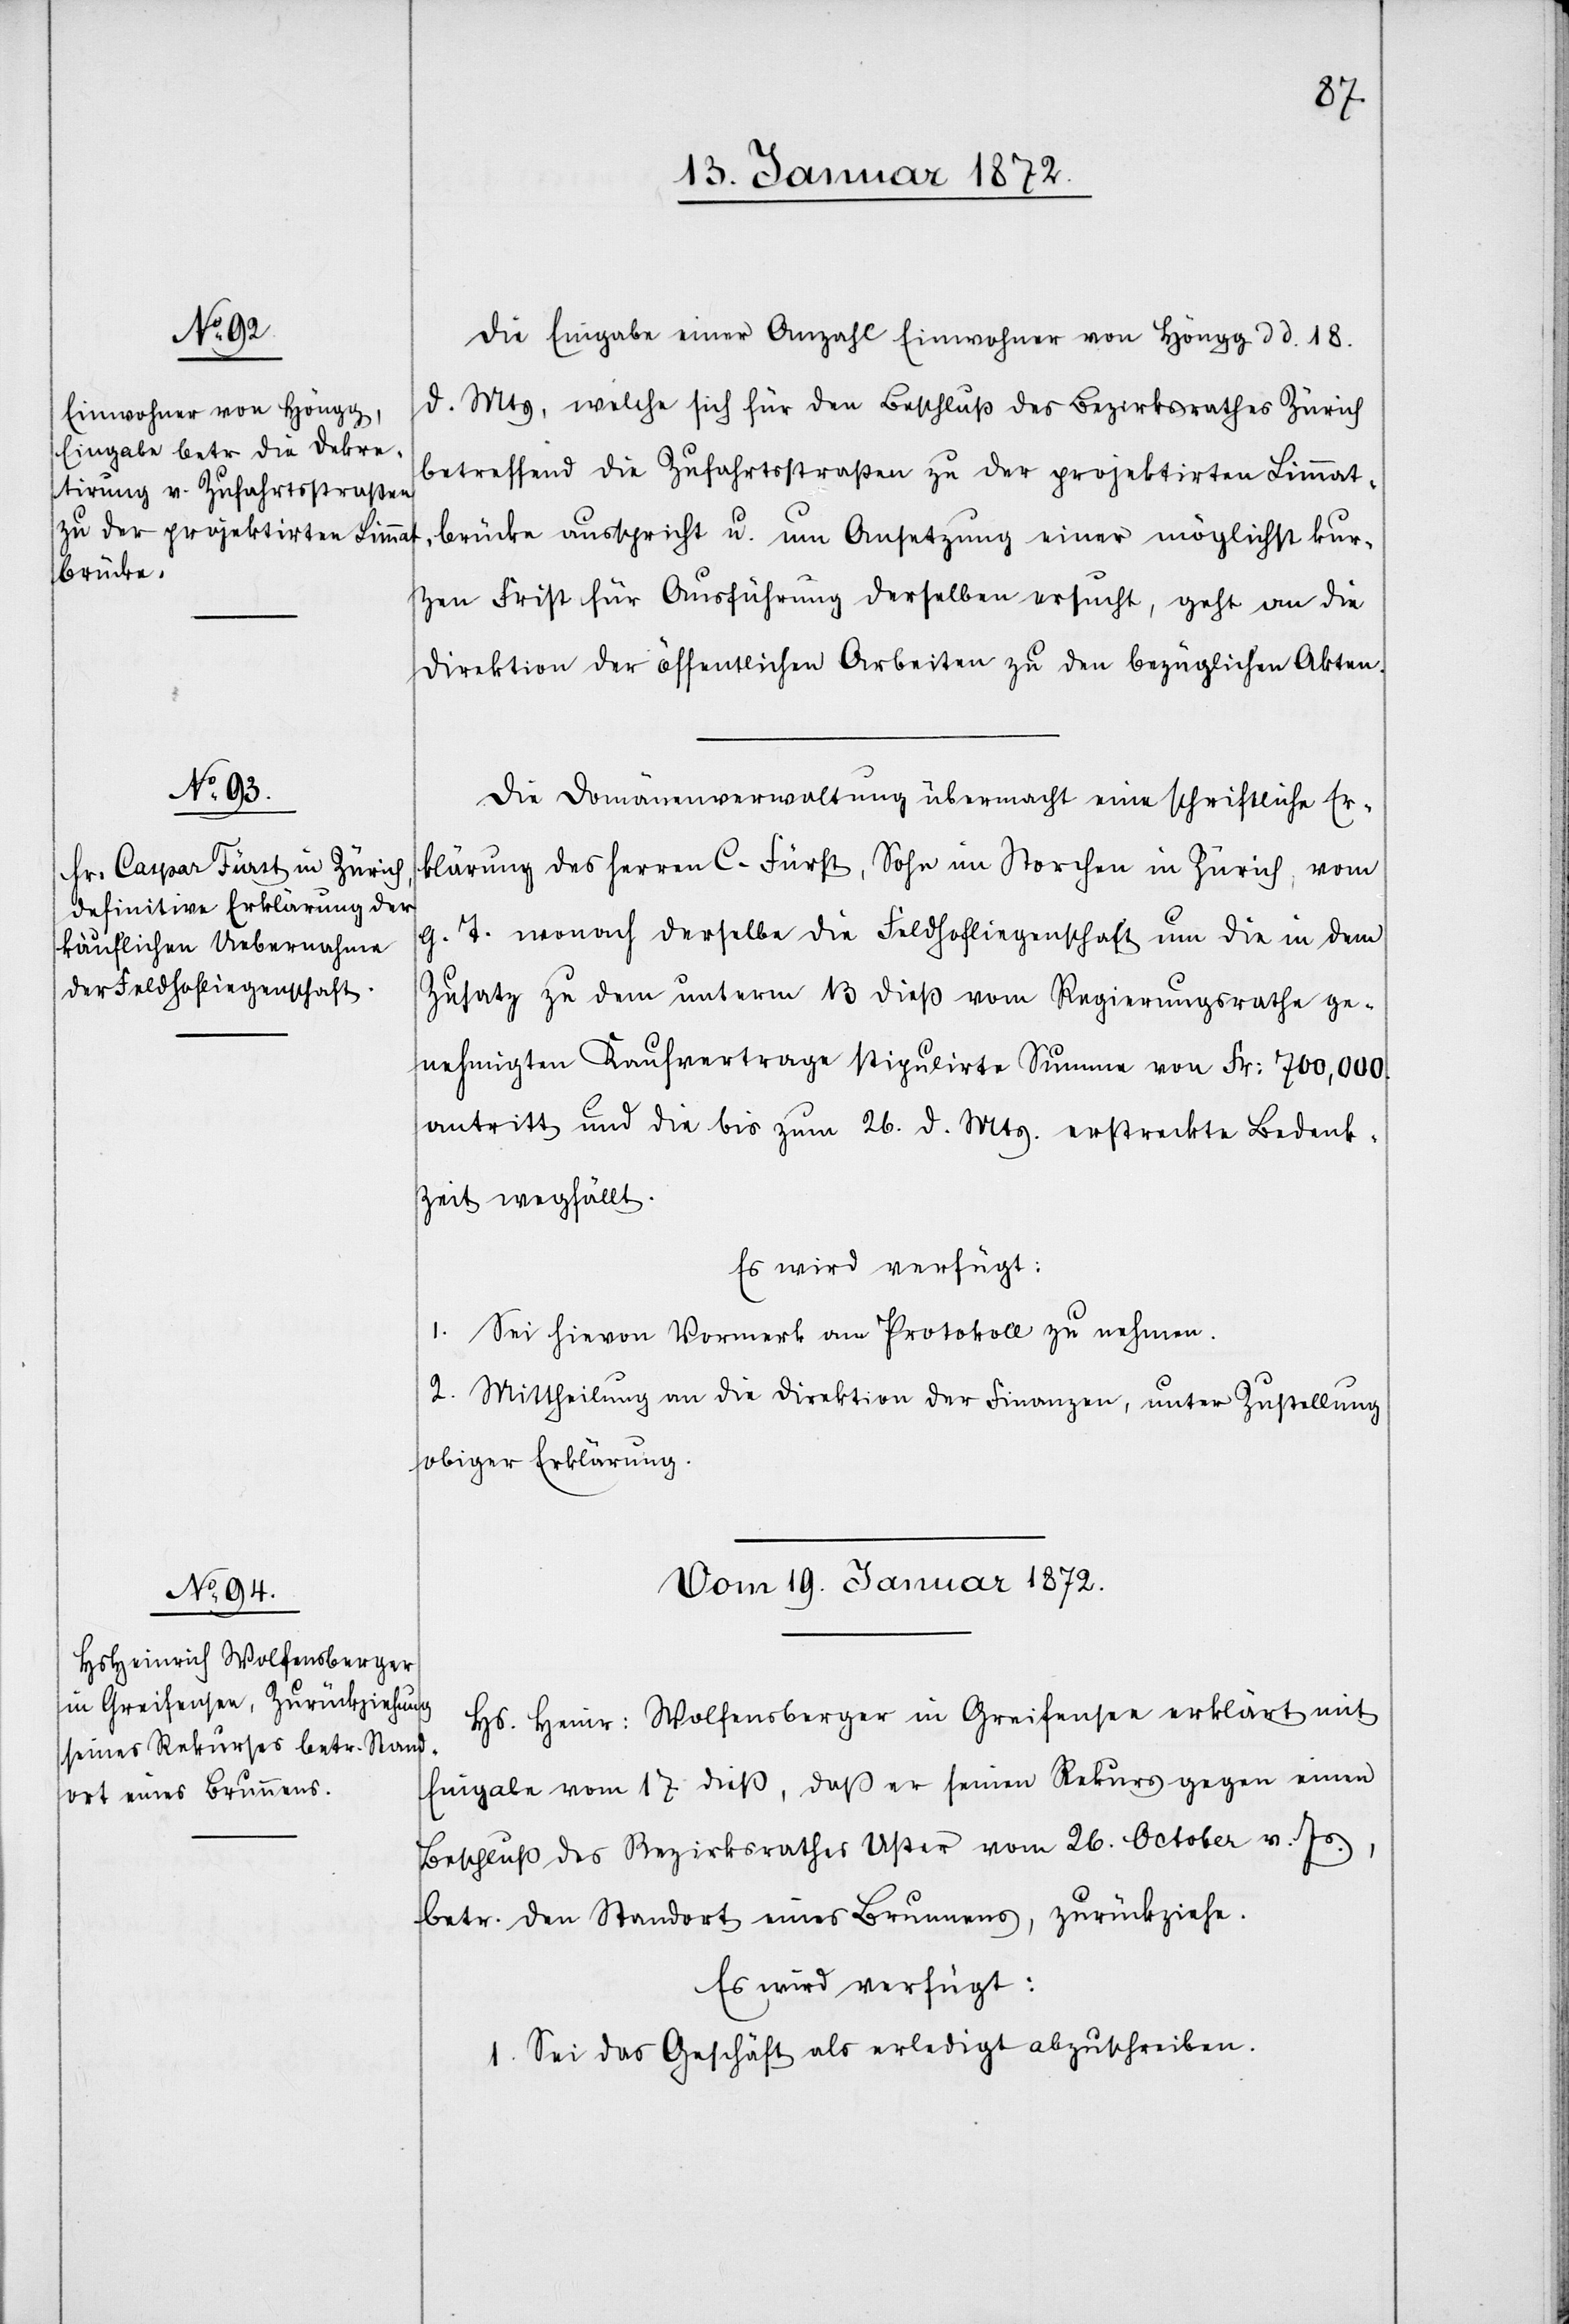
vom 18.
Die Eingabe einer Anzahl Einwohner von Höngg d d. 18.
d. Mts, welche sich für den Beschluß des Bezirksrathes Zürich
betreffend die Zufahrtsstraßen zu der projektirten Limmat¬
brücke ausspricht u. um Ansetzung einer möglichst kur¬
zen Frist für Ausführung derselben ersucht, geht an die
Direktion der öffentlichen Arbeiten zu den bezüglichen Akten.
vom 18.
Die Domänenverwaltung übermacht eine schriftliche Er¬
klärung des Herren C. Fürst, Sohn im Storchen in Zürich, vom
g. T. wonach derselbe die Feldhofliegenschaft um die in dem
Zusatz zu dem unterm 13 dieß vom Regierungrathe ge¬
nehmigten Kaufvertrage stipulirte Summe von Fr: 700,000.
antritt und die bis zum 26. d. Mts. erstreckte Bedenk¬
zeit wegfällt.
Es wird verfügt:
1. Sei hievon Vormerk am Protokoll zu nehmen.
2. Mittheilung an die Direktion der Finanzen, unter Zustellung
obiger Erklärung.
Vom 19. Januar 1872.
Hs. Heinr: Wolfensberger in Greifensee erklärt mit
Eingabe vom 17 dieß, daß er seinen Rekurs gegen einen
Beschluß des Bezirksrathes Uster vom 26. October v. Js.,
betr. den Standort eines Brunnens, zurückziehe.
Es wird verfügt:
1. Sei das Geschäft als erledigt abzuschreiben.